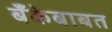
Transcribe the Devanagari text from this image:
बँकेबाबत